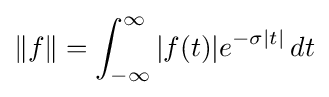
\|f\|=\int _{-\infty }^{\infty }|f(t)|e^{-\sigma |t|}\,dt